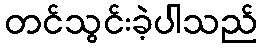
တင်သွင်းခဲ့ပါသည်